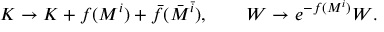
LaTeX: K \rightarrow K + f ( M ^ { i } ) + \bar { f } ( \bar { M } ^ { \bar { i } } ) , \qquad W \rightarrow e ^ { - f ( M ^ { i } ) } W .